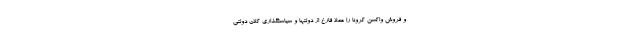
و فروش واکسن کرونا را عملا فارغ از دولتها و سیاستگذاری کلان دولتی